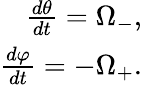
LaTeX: \begin{array}{r}{\frac{d\theta}{dt}=\Omega_{-},}\\ {\frac{d\varphi}{dt}=-\Omega_{+}.}\end{array}